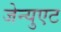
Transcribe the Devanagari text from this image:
जेन्युएट